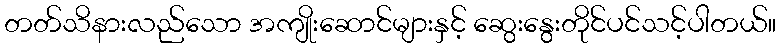
တတ်သိနားလည်သော အကျိုးဆောင်များနှင့် ဆွေးနွေးတိုင်ပင်သင့်ပါတယ်။